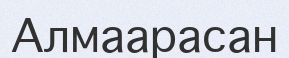
Алмаарасан